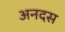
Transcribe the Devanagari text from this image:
अनदस